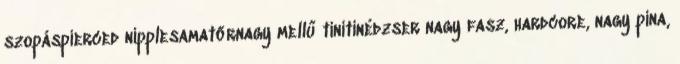
szopáspierced nipplesamatőrnagy mellű tinitinédzser nagy fasz, hardcore, nagy pina,